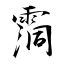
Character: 霘